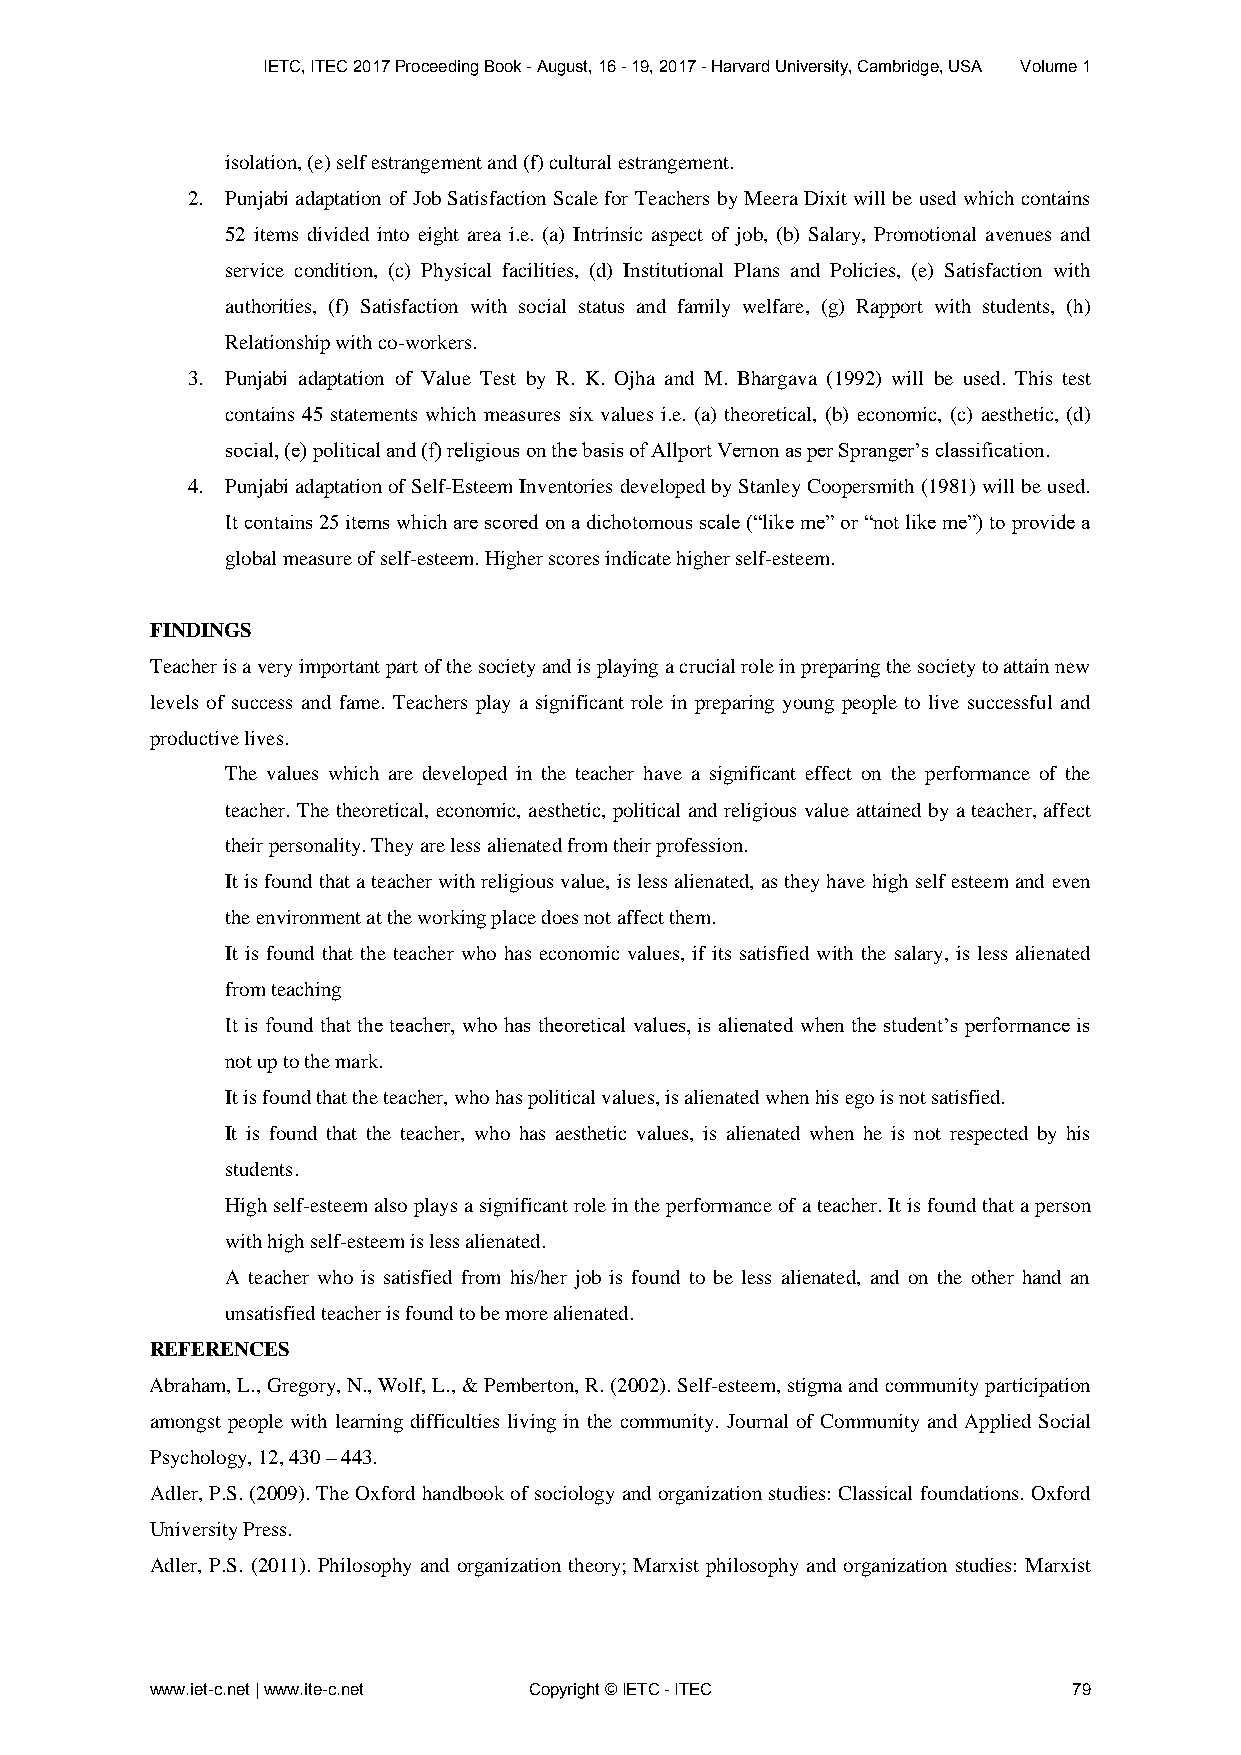
IETC, ITEC 2017 Proceeding Book - August, 16 - 19, 2017 - Harvard University, Cambridge, USA Volume 1
 isolation, (e) self estrangement and (f) cultural estrangement.
 2. Punjabi adaptation of Job Satisfaction Scale for Teachers by Meera Dixit will be used which contains
 52 items divided into eight area i.e. (a) Intrinsic aspect of job, (b) Salary, Promotional avenues and
 service condition, (c) Physical facilities, (d) Institutional Plans and Policies, (e) Satisfaction with
 authorities, (f) Satisfaction with social status and family welfare, (g) Rapport with students, (h)
 Relationship with co-workers.
 3. Punjabi adaptation of Value Test by R. K. Ojha and M. Bhargava (1992) will be used. This test
 contains 45 statements which measures six values i.e. (a) theoretical, (b) economic, (c) aesthetic, (d)
 social, (e) political and (f) religious on the basis of Allport Vernon as per Spranger’s classification.
 4. Punjabi adaptation of Self-Esteem Inventories developed by Stanley Coopersmith (1981) will be used.
 It contains 25 items which are scored on a dichotomous scale (“like me” or “not like me”) to provide a
 global measure of self-esteem. Higher scores indicate higher self-esteem.
 FINDINGS
 Teacher is a very important part of the society and is playing a crucial role in preparing the society to attain new
 levels of success and fame. Teachers play a significant role in preparing young people to live successful and
 productive lives.
 The values which are developed in the teacher have a significant effect on the performance of the
 teacher. The theoretical, economic, aesthetic, political and religious value attained by a teacher, affect
 their personality. They are less alienated from their profession.
 It is found that a teacher with religious value, is less alienated, as they have high self esteem and even
 the environment at the working place does not affect them.
 It is found that the teacher who has economic values, if its satisfied with the salary, is less alienated
 from teaching
 It is found that the teacher, who has theoretical values, is alienated when the student’s performance is
 not up to the mark.
 It is found that the teacher, who has political values, is alienated when his ego is not satisfied.
 It is found that the teacher, who has aesthetic values, is alienated when he is not respected by his
 students.
 High self-esteem also plays a significant role in the performance of a teacher. It is found that a person
 with high self-esteem is less alienated.
 A teacher who is satisfied from his/her job is found to be less alienated, and on the other hand an
 unsatisfied teacher is found to be more alienated.
 REFERENCES
 Abraham, L., Gregory, N., Wolf, L., & Pemberton, R. (2002). Self-esteem, stigma and community participation
 amongst people with learning difficulties living in the community. Journal of Community and Applied Social
 Psychology, 12, 430 – 443.
 Adler, P.S. (2009). The Oxford handbook of sociology and organization studies: Classical foundations. Oxford
 University Press.
 Adler, P.S. (2011). Philosophy and organization theory; Marxist philosophy and organization studies: Marxist
 www.iet-c.net | www.ite-c.net Copyright © IETC - ITEC        79